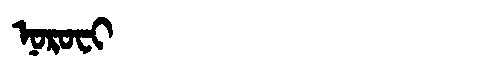
Manchu: ᠨᠣᡵᠣᠸᡳ
Romanization: NOROFI